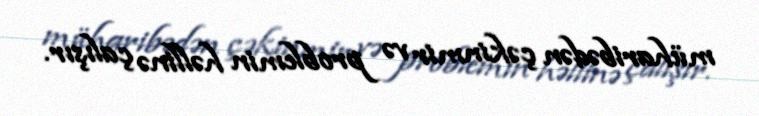
müharibədən çəkinmir və problemin həllinə çalışır.